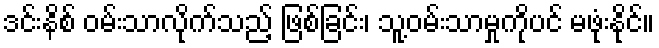
ဒင်းနိစ် ဝမ်းသာလိုက်သည့် ဖြစ်ခြင်း၊ သူ့ဝမ်းသာမှုကိုပင် မဖုံးနိုင်။